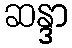
ဆန္ဒာ